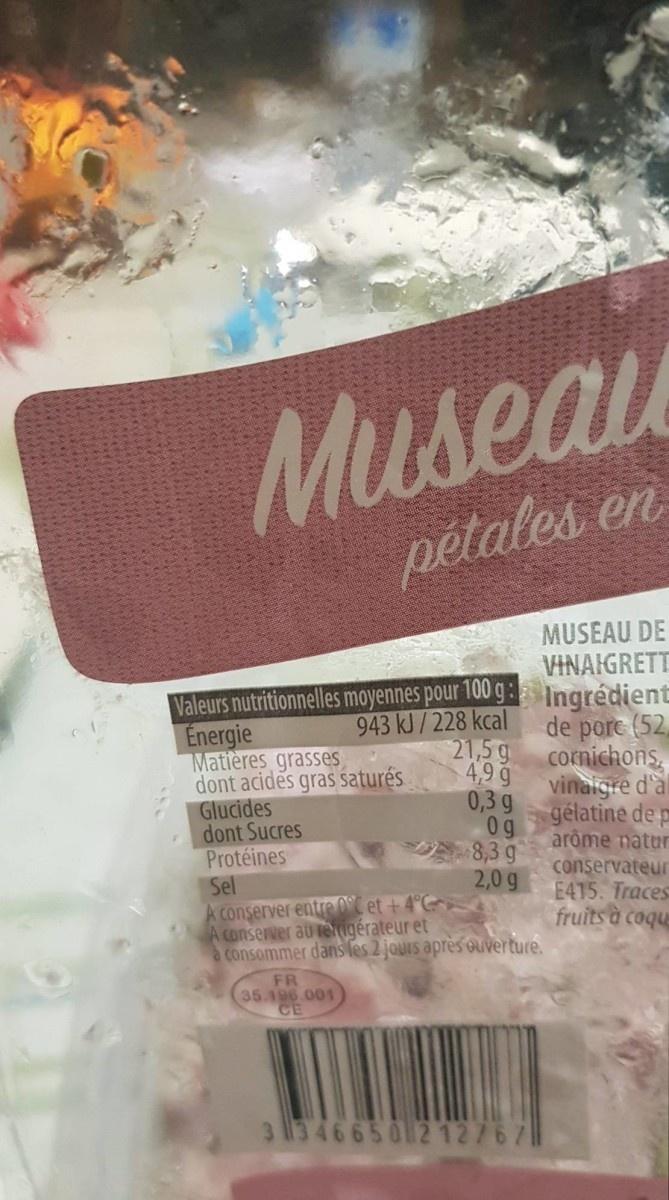
Museau pétales en
MUSEAU DE VINAIGRETT
Valeurs nutritionnelles moyennes pour 100 g : Ingrédient Energie Matières grasses, dont acides gras saturés
943 kJ/228 kcal
de pore (52, 4,9 g
21,5 g
cornichons,
0,3 g
vinaigre d'al
Glucides
gélatine de p arôme natur
0g
dont Sucres Protéines Sel A conserver entre0°C et + 4°C A conserver au ieigérateur et a consommer dans les 2 jours après ouverture.
8,3 g 2,0 g
conservateur E415. Traces fruits à coque
FR 35.196 001 CE
3 113466501212767